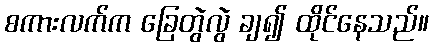
စကားလက်က ခြေတွဲလွဲ ချ၍ ထိုင်နေသည်။